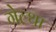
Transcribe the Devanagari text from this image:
गेल्था